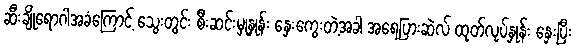
ဆီးချိုရောဂါအခံကြောင့် သွေးတွင်း စီးဆင်းမှုနှုန်း နှေးကွေးတဲ့အခါ အရေပြားဆဲလ် ထုတ်လုပ်နှုန်း နှေးပြီး